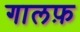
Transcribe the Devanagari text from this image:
गालफ़